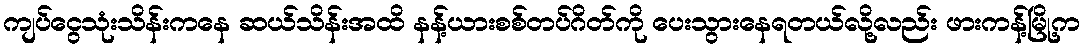
ကျပ်ငွေသုံးသိန်းကနေ ဆယ်သိန်းအထိ နန့်ယားစစ်တပ်ဂိတ်ကို ပေးသွားနေရတယ်လို့လည်း ဖားကန့်မြို့က